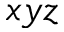
x y z